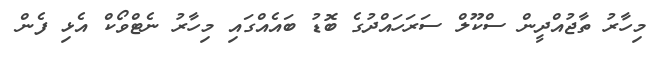
މިހާރު ތާޖުއްދީން ސްކޫލް ސަރަހައްދުގެ ބޮޑު ބައެއްގައި މިހާރު ނެޓްވޯކް އެޅި ފެން